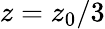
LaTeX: z=z_{0}/3